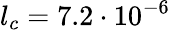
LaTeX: l_{c}=7.2\cdot 10^{-6}